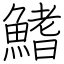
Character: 鰭